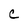
Character: C